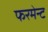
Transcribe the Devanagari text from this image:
फरमेन्ट